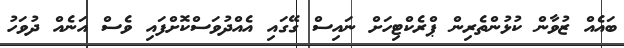
ބައެއް ޒުވާން ކުޅުންތެރިން ޕްރެކްޓިހަށް ނައިސް ގޭގައި އެއްދުވަސްކޮށްފައި ވެސް އަނެއް ދުވަހު